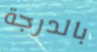
بالدرجة